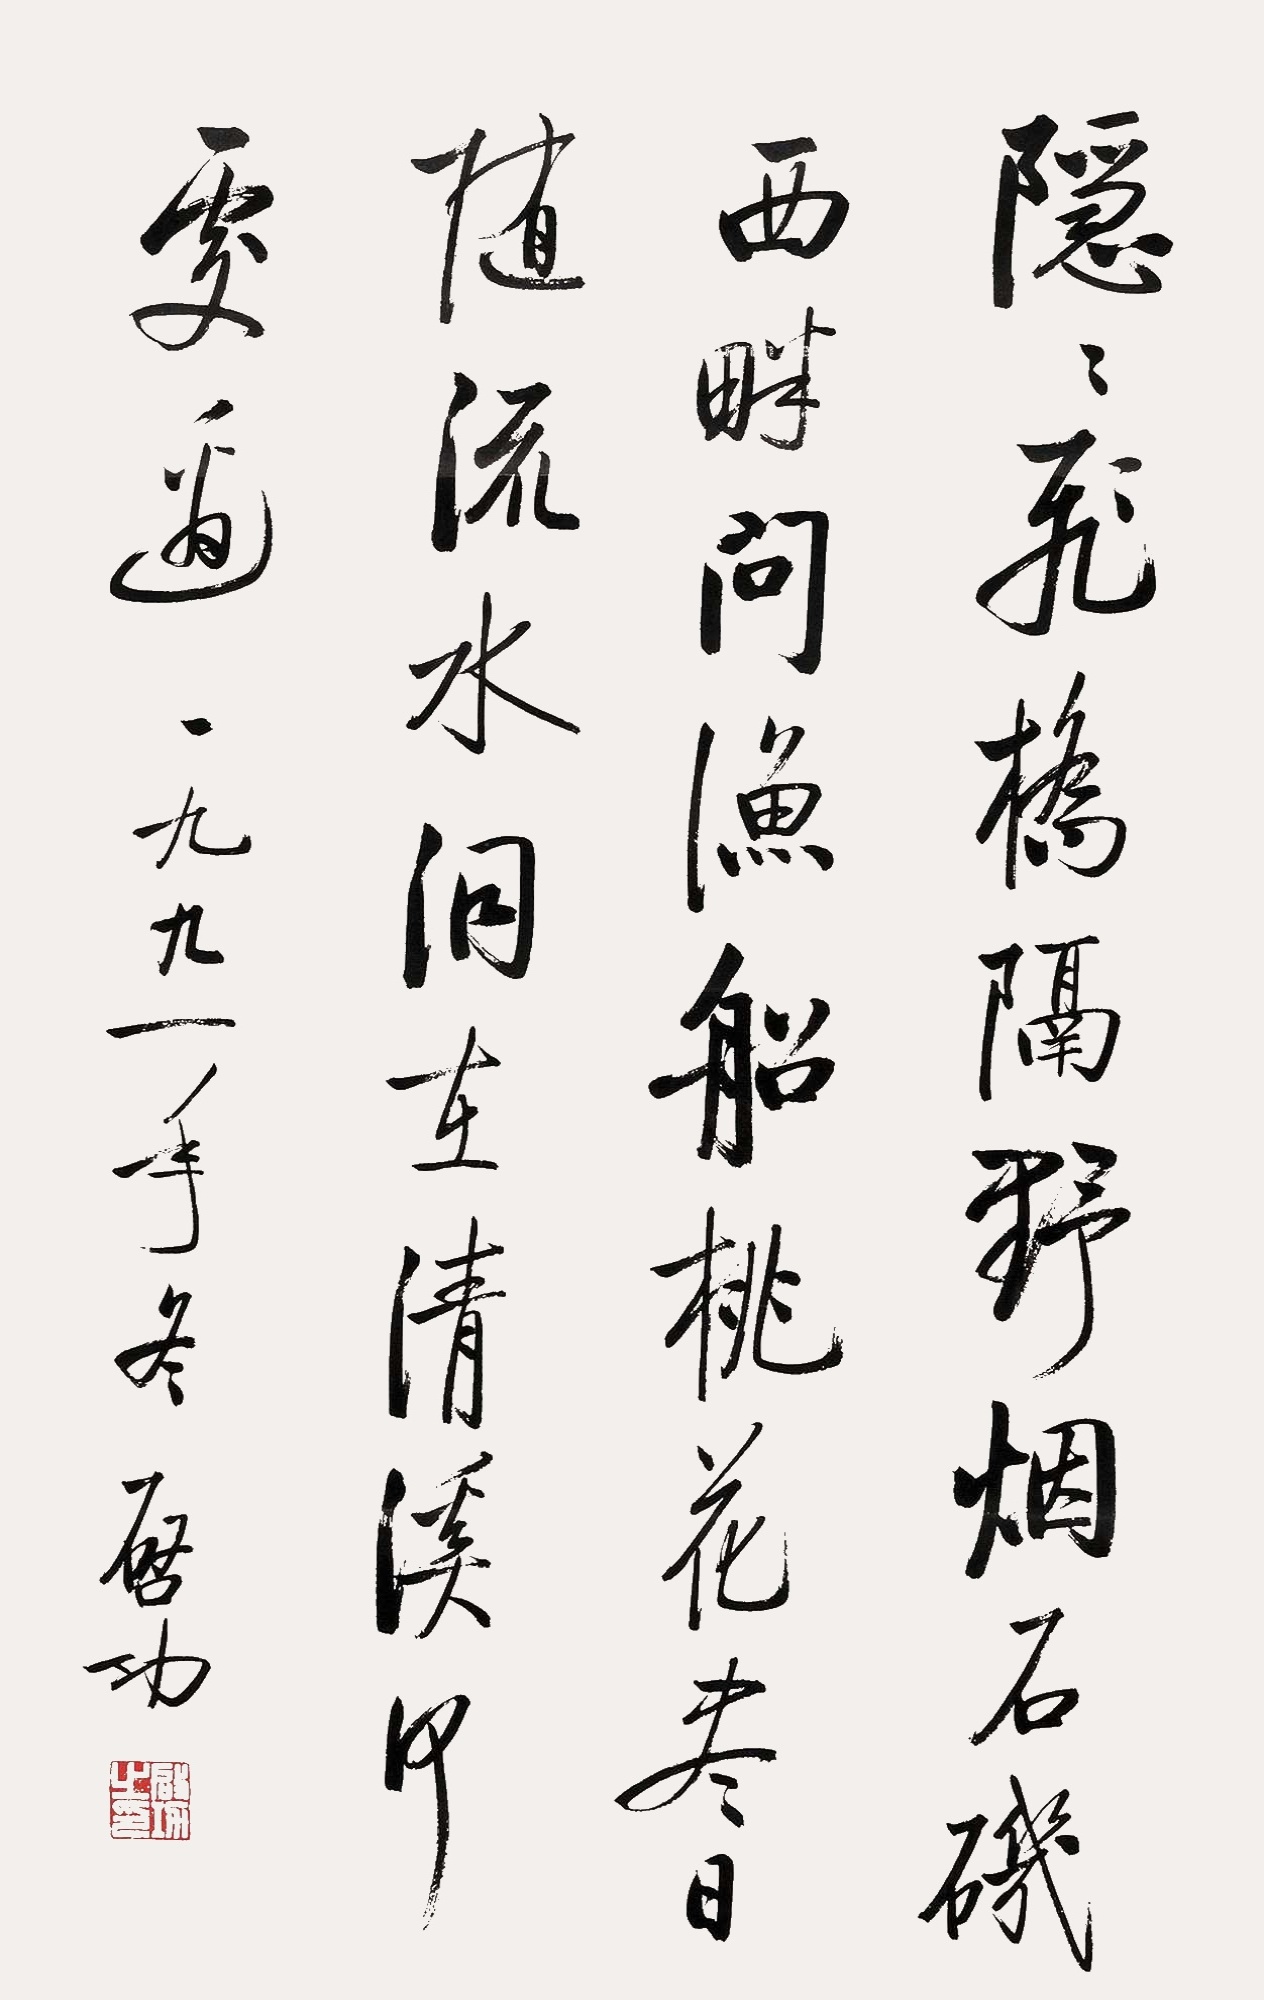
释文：隐隐飞桥隔野烟，石矶西畔问渔船。桃花尽日随流水，洞在清溪何处边。一九九一年冬，启功。